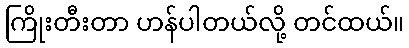
ကြိုးတီးတာ ဟန်ပါတယ်လို့ တင်ထယ်။